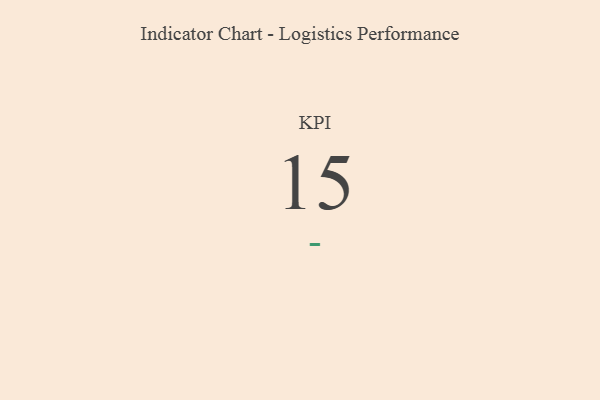
{"axis": {"x": "KPI", "y": "Value"}, "legend": [""], "data": [{"x": "KPI", "y": 15, "type": ""}]}